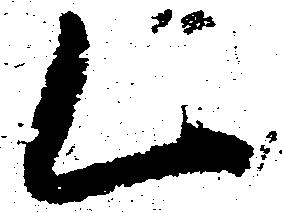
乙